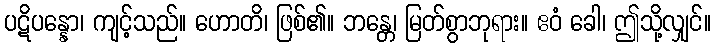
ပဋိပန္နော၊ ကျင့်သည်။ ဟောတိ၊ ဖြစ်၏။ ဘန္တေ၊ မြတ်စွာဘုရား။ ဧဝံ ခေါ၊ ဤသို့လျှင်။